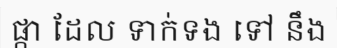
ផ្កា ដែល ទាក់ទង ទៅ នឹង